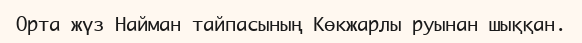
Орта жүз Найман тайпасының Көкжарлы руынан шыққан.